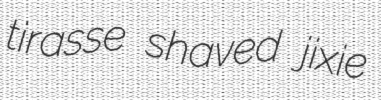
tirasse shaved jixie